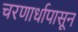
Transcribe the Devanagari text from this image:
चरणार्धापासून